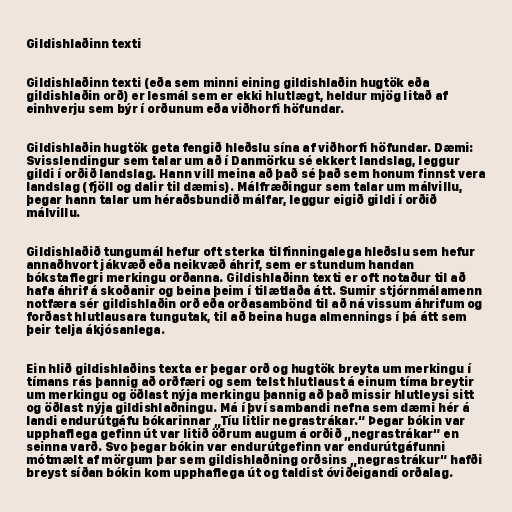
Gildishlaðinn texti

Gildishlaðinn texti (eða sem minni eining gildishlaðin hugtök eða
gildishlaðin orð) er lesmál sem er ekki hlutlægt, heldur mjög litað af
einhverju sem býr í orðunum eða viðhorfi höfundar.

Gildishlaðin hugtök geta fengið hleðslu sína af viðhorfi höfundar. Dæmi:
Svisslendingur sem talar um að í Danmörku sé ekkert landslag, leggur
gildi í orðið landslag. Hann vill meina að það sé það sem honum finnst vera
landslag (fjöll og dalir til dæmis). Málfræðingur sem talar um málvillu,
þegar hann talar um héraðsbundið málfar, leggur eigið gildi í orðið
málvillu.

Gildishlaðið tungumál hefur oft sterka tilfinningalega hleðslu sem hefur
annaðhvort jákvæð eða neikvæð áhrif, sem er stundum handan
bókstaflegri merkingu orðanna. Gildishlaðinn texti er oft notaður til að
hafa áhrif á skoðanir og beina þeim í tilætlaða átt. Sumir stjórnmálamenn
notfæra sér gildishlaðin orð eða orðasambönd til að ná vissum áhrifum og
forðast hlutlausara tungutak, til að beina huga almennings í þá átt sem
þeir telja ákjósanlega.

Ein hlið gildishlaðins texta er þegar orð og hugtök breyta um merkingu í
tímans rás þannig að orðfæri og sem telst hlutlaust á einum tíma breytir
um merkingu og öðlast nýja merkingu þannig að það missir hlutleysi sitt
og öðlast nýja gildishlaðningu. Má í því sambandi nefna sem dæmi hér á
landi endurútgáfu bókarinnar „Tíu litlir negrastrákar.“ Þegar bókin var
upphaflega gefinn út var litið öðrum augum á orðið „negrastrákar“ en
seinna varð. Svo þegar bókin var endurútgefinn var endurútgáfunni
mótmælt af mörgum þar sem gildishlaðning orðsins „negrastrákur“ hafði
breyst síðan bókin kom upphaflega út og taldist óviðeigandi orðalag.